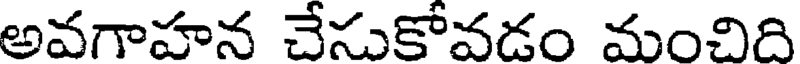
అవగాహన చేసుకోవడం మంచిది